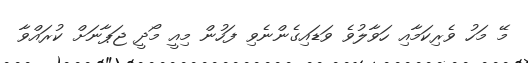
މޭ މަހު ވެރިކަމާއި ހަވާލުވެ ވަޑައިގެންނެވި ފަހުން މިއީ މޯދީ ޖަޕާނަށް ކުރައްވާ